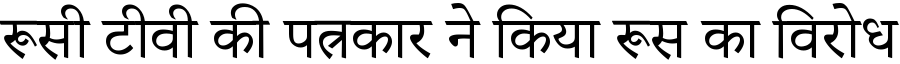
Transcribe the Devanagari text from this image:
रूसी टीवी की पत्रकार ने किया रूस का विरोध